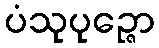
ပံသုပုဉ္ဇော